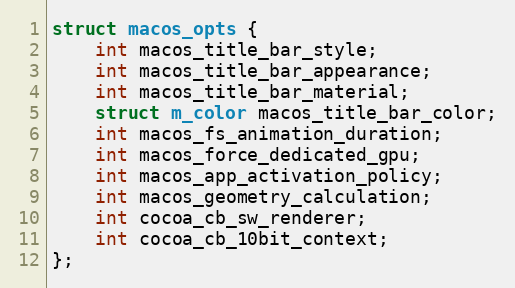
Language: C
struct macos_opts {
    int macos_title_bar_style;
    int macos_title_bar_appearance;
    int macos_title_bar_material;
    struct m_color macos_title_bar_color;
    int macos_fs_animation_duration;
    int macos_force_dedicated_gpu;
    int macos_app_activation_policy;
    int macos_geometry_calculation;
    int cocoa_cb_sw_renderer;
    int cocoa_cb_10bit_context;
};